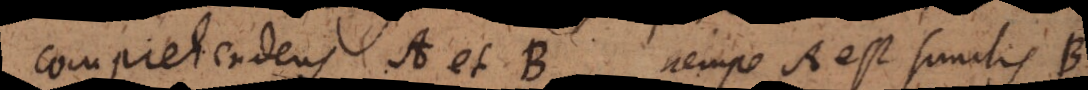
comprehendens A et B, nempe A est similis B.